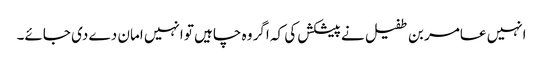
انہیں عامر بن طفیل نے پیشکش کی کہ اگر وہ چاہیں تو انہیں امان دے دی جائے۔